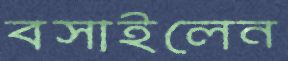
বসাইলেন